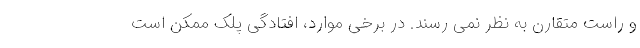
و راست متقارن به نظر نمی رسند. در برخی موارد، افتادگی پلک ممکن است